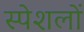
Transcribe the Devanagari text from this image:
स्पेशलों